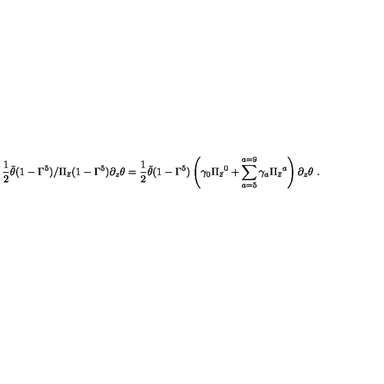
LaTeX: { \frac { 1 } { 2 } } \bar { \theta } ( 1 - \Gamma ^ { 5 } ) { \slash { \Pi _ { \bar { z } } } } ( 1 - \Gamma ^ { 5 } ) \partial _ { z } \theta = { \frac { 1 } { 2 } } \bar { \theta } ( 1 - \Gamma ^ { 5 } ) \left( \gamma _ { 0 } \Pi _ { \bar { z } } { } ^ { 0 } + \sum _ { a = 5 } ^ { a = 9 } \gamma _ { a } \Pi _ { \bar { z } } { } ^ { a } \right) \partial _ { z } \theta \ .